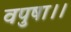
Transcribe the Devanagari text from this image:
वपुषा।।